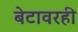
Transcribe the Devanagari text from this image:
बेटावरही